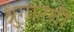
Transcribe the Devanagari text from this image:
श्रुंगारती